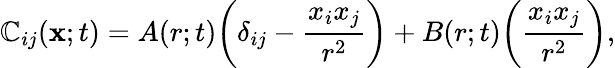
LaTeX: \mathbb{C}_{ij}({\mathbf{x}};t)=A(r;t)\bigg(\delta_{ij}-\frac{{x_{i}x_{j}}}{{r^{2}}}\bigg)+B(r;t)\biggl(\frac{{x_{i}x_{j}}}{{r^{2}}}\biggr),